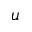
u